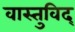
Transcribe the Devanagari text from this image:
वास्‍तुविद्